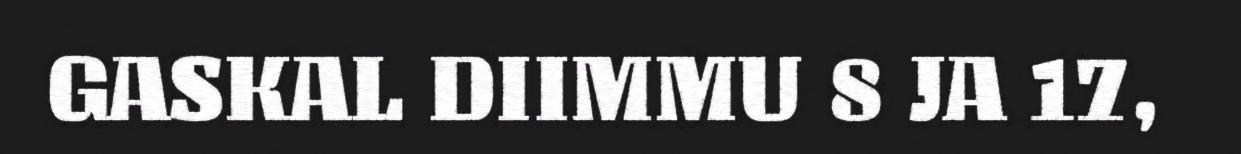
GASKAL DIIMMU 8 JA 17,